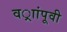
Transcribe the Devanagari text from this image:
वर्ाांपूवी